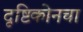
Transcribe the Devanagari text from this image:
दृष्टिकोनचा